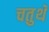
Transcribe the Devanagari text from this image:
चतुथॅ